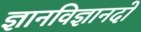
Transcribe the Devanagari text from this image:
ज्ञानविज्ञानदो